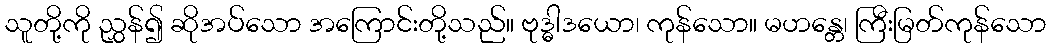
သူတို့ကို ညွှန်၍ ဆိုအပ်သော အကြောင်းတို့သည်။ ဗုဒ္ဓါဒယော၊ ကုန်သော။ မဟန္တေ၊ ကြီးမြတ်ကုန်သော